Indian journal of veterinary science and animal husbandry - Volumes 18-21, 1948-1951
Year: 1948
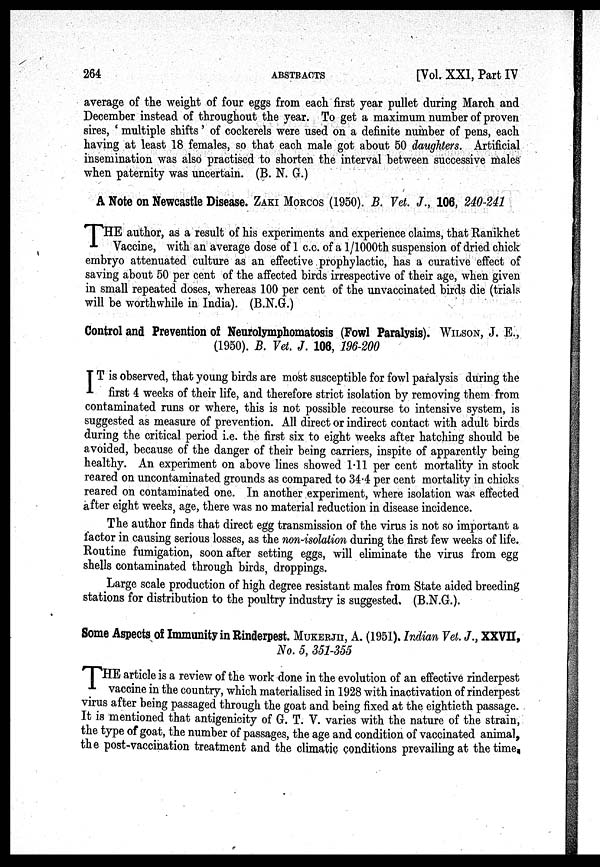
264
ABSTRACTS
[Vol. XXI, Part IV
average of the weight of four eggs from each first year pullet during March and
December instead of throughout the year. To get a maximum number of proven
sires, 'multiple shifts' of cockerels were used on a definite number of pens, each
having at least 18 females, so that each male got about 50 daughters. Artificial
insemination was also practised to shorten the interval between successive males
when paternity was uncertain. (B. N. G.)
A Note on Newcastle Disease. ZAKI MORCOS (1950). B. Vet. J., 106, 240-241
T HE author, as a result of his experiments and experience claims, that Ranikhet
Vaccine, with an average dose of 1 c.c. of a 1/1000th suspension of dried chick
embryo attenuated culture as an effective prophylactic, has a curative effect of
saving about 50 per cent of the affected birds irrespective of their age, when given
in small repeated doses, whereas 100 per cent of the unvaccinated birds die (trials
will be worthwhile in India). (B.N.G.)
Control and Prevention of Neurolymphomatosis (Fowl Paralysis). WILSON, J. E.,
(1950). B. Vet. J. 106, 196-200
IT is observed, that young birds are most susceptible for fowl paralysis during the
first 4 weeks of their life, and therefore strict isolation by removing them from
contaminated runs or where, this is not possible recourse to intensive system, is
suggested as measure of prevention. All direct or indirect contact with adult birds
during the critical period i.e. the first six to eight weeks after hatching should be
avoided, because of the danger of their being carriers, inspite of apparently being
healthy. An experiment on above lines showed 1.11 per cent mortality in stock
reared on uncontaminated grounds as compared to 34.4 per cent mortality in chicks
reared on contaminated one. In another experiment, where isolation was effected
after eight weeks, age, there was no material reduction in disease incidence.
The author finds that direct egg transmission of the virus is not so important a
factor in causing serious losses, as the non-isolation during the first few weeks of life.
Routine fumigation, soon after setting eggs, will eliminate the virus from egg
shells contaminated through birds, droppings.
Large scale production of high degree resistant males from State aided breeding
stations for distribution to the poultry industry is suggested. (B.N.G.).
Some Aspects of Immunity in Rinderpest. MUKERJII, A. (1951). Indian Vet. J., XXVII,
No. 5, 351-355
THE article is a review of the work done in the evolution of an effective rinderpest
vaccine in the country, which materialised in 1928 with inactivation of rinderpest
virus after being passaged through the goat and being fixed at the eightieth passage.
It is mentioned that antigenicity of G. T. V. varies with the nature of the strain,
the type of goat, the number of passages, the age and condition of vaccinated animal,
the post.vaccination treatment and the climatic conditions prevailing at the time,